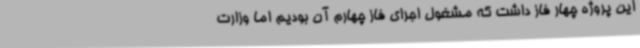
این پروژه چهار فاز داشت که مشغول اجرای فاز چهارم آن بودیم اما وزارت